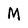
Character: M